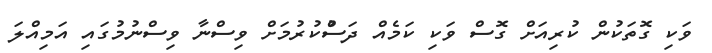
ވަކި ގޮތަކުން ކުރިއަށް ގޮސް ވަކި ކަމެއް ދަސްުކުރުމަށް ވިސްނާ ވިސްނުމުގައި އަމިއްލަ